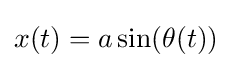
x(t)=a\sin(\theta (t))